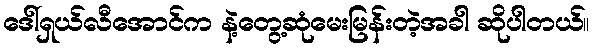
ဒေါ်ရှယ်လီအောင်က နဲ့တွေ့ဆုံမေးမြန်းတဲ့အခါ ဆိုပါတယ်။